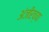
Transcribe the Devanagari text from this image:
अंजीरच्या